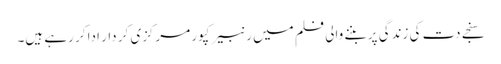
سنجے دت کی زندگی پر بننے والی فلم میں رنبیر کپور مرکزی کر دار ادا کر رہے ہیں۔